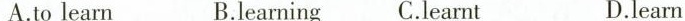
A.to learn B.learning C.learnt D.learn